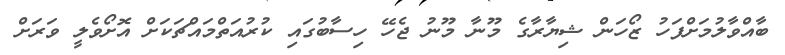
ބާއްވާލުމަށްފަހު ޒޯހަން ޝިޔާރާގެ މޫނާ މޫނު ޖެހޭ ހިސާބުގައި ކުރުއަތްމައްޗަކަށް އޮށޯވެލީ ވަރަށް